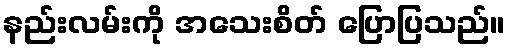
နည်းလမ်းကို အသေးစိတ် ပြောပြသည်။